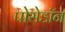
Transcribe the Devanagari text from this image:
पोसेडॉन